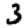
Digit: 3